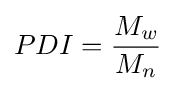
PDI={\frac {M_{w}}{M_{n}}}